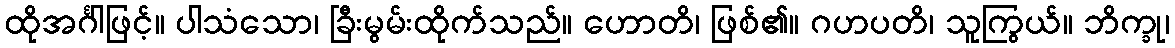
ထိုအင်္ဂါဖြင့်။ ပါသံသော၊ ခြီးမွမ်းထိုက်သည်။ ဟောတိ၊ ဖြစ်၏။ ဂဟပတိ၊ သူကြွယ်။ ဘိက္ခု၊